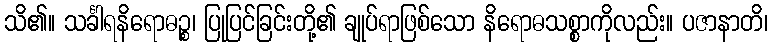
သိ၏။ သင်္ခါရနိရောဓဉ္စ၊ ပြုပြင်ခြင်းတို့၏ ချုပ်ရာဖြစ်သော နိရောဓသစ္စာကိုလည်း။ ပဇာနာတိ၊